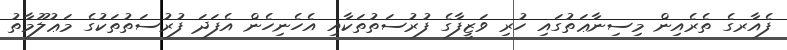
ފެއާރގެ ތެރެއިން މިސިނާޢަތުގައި ހުރި ވަޒީފާގެ ފުރުސަތުތަކާއި އެހެނިހެން އެފަދަ ފުރުސަތުތަކުގެ މަޢުލޫމާތު